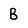
Character: B